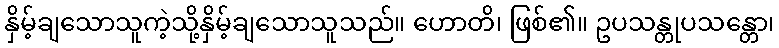
နှိမ့်ချသောသူကဲ့သို့နှိမ့်ချသောသူသည်။ ဟောတိ၊ ဖြစ်၏။ ဥပသန္တုပသန္တော၊